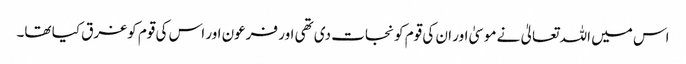
اس میں اللہ تعالیٰ نے موسیٰ اور ان کی قوم کو نجات دی تھی اور فرعون اور اس کی قوم کوغرق کیا تھا۔